Lunatic asylums Punjab 1881-1894 - 1881-1894
Year: 1881
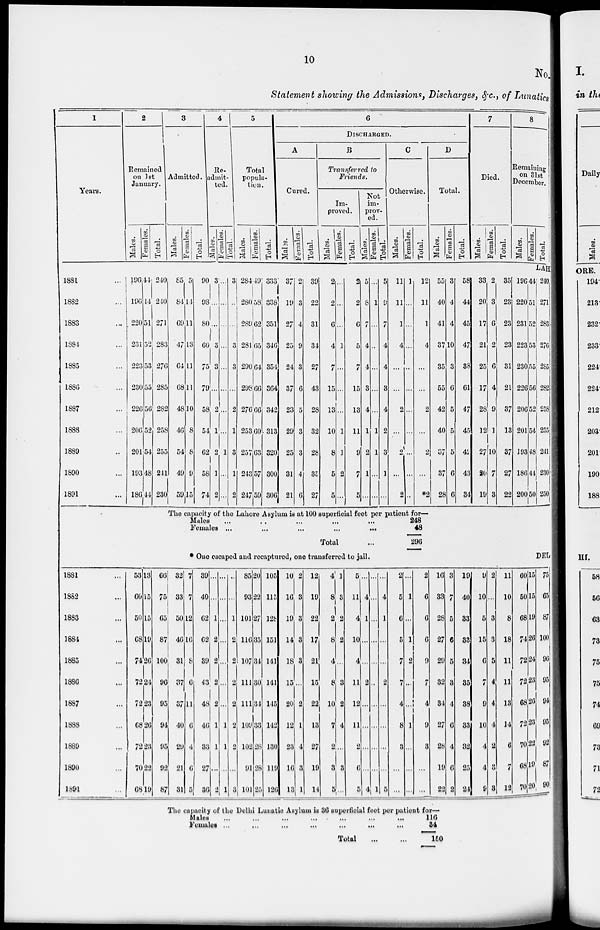
10
No.
Statement showing the Admissions, Discharges, &c., of Lunatics
1
Years.
2
Remained
on 1st
January.
Males.
Females.
Total.
3
Admitted.
Males.
Females.
Total.
4
Re-
admit¬
ted.
Males.
Females.
Total.
5
Total
popula-
tion.
Males.
Females.
Total.
6
DISCHARGED.
A
Cured.
Males.
Females.
Total.
B
Transferred to
Friends.
Im-
proved.
Males.
Females.
Total.
Not
im-
prov-
ed.
Males.
Females.
Total.
C
Otherwise.
Males.
Females.
Total.
D
Total.
Males.
Females.
Total.
7
Died.
Males.
Females.
Total.
8
Remaining
on 31st
December.
Males.
Females.
Total.
LAH
1881 ...
1882 ...
1883 ...
1884 ...
1885 ...
1886 ...
1887 ...
1888 ...
1889 ...
1890 ...
1891 ...
196
196
220
231
223
230
226
206
201
193
186
44
44
51
52
53
55
56
52
54
48
44
240
240
271
283
276
285
282
258
255
241
230
85
84
69
47
64
68
48
46
54
49
59
5
14
11
13
11
11
10
8
8
9
15
90
98
80
60
75
79
58
54
62
58
74
3
...
...
3
3
...
2
1
2
1
2
...
...
...
...
...
...
...
...
1
...
...
3
...
...
3
3
...
2
1
3
1
2
284
280
289
281
290
298
276
253
257
243
247
49
58
62
65
64
66
66
60
63
57
59
333
338
351
346
354
364
342
313
320
300
306
37
19
27
25
24
37
23
29
25
31
21
2
3
4
9
3
6
5
3
3
4
6
39
22
31
34
27
43
28
32
28
35
27
2
2
6
4
7
15
13
10
8
5
5
...
...
...
1
...
...
...
1
1
2
...
2
2
6
5
7
15
13
11
9
7
5
5
8
7
4
4
3
4
1
2
1
...
...
1
...
...
...
...
...
1
1
...
...
5
9
7
4
4
3
4
2
3
1
...
11
11
1
4
...
...
2
...
2
...
2
1
...
...
...
...
...
...
...
...
...
...
12
11
1
4
...
...
2
...
2
...
*2
55
40
41
37
35
55
42
40
37
37
28
3
4
4
10
3
6
5
5
5
6
6
58
44
45
47
38
61
47
45
42
43
34
33
20
17
21
25
17
28
12
27
20
19
2
3
6
2
6
4
9
1
10
7
3
35
23
23
23
31
21
37
13
37
27
22
196
220
231
223
230
226
206
201
193
186
200
44
51
52
53
55
56
52
54
48
44
50
240
271
283
276
285
282
258
255
241
230
250
The capacity of the Lahore Asylum is at 100 superficial feet per patient for—
Males
...
...
...
...
...
Females ...
...
...
...
...
Total ...
248
48
296
* One escaped and recaptured, one transferred to jail.
DEL
1881 ...
1882 ...
1883 ...
1884 ...
1885 ...
1886 ...
1887 ...
1888 ...
1889 ...
1890 ...
1891 ...
53
66
50
68
74
72
72
68
72
70
68
13
15
15
19
26
24
23
26
23
22
19
66
75
65
87
100
96
95
94
95
92
87
32
33
50
46
31
37
37
40
29
21
31
7
7
12
16
8
6
11
6
4
6
5
39
40
62
62
39
43
48
46
33
27
36
...
...
1
2
2
2
2
1
1
...
2
...
...
...
...
...
...
...
1
1
...
1
...
...
1
2
2
2
2
2
2
...
3
85
93
101
116
107
111
111
109
102
91
101
20
22
27
35
34
30
34
33
28
28
25
105
115
128
151
141
141
145
142
130
119
126
10
16
19
14
18
15
20
12
23
16
13
2
3
3
3
3
...
2
1
4
3
1
12
19
22
17
21
15
22
13
27
19
14
4
8
2
8
4
8
10
7
2
3
5
1
3
2
2
...
3
2
4
...
3
...
5
11
4
10
4
11
12
11
2
6
5
...
4
1
...
...
2
...
...
...
...
4
...
...
...
...
...
...
...
...
...
...
1
...
4
1
...
...
2
...
...
...
...
5
2
5
6
5
7
7
4
8
3
...
...
...
1
...
1
2
...
...
1
...
...
...
2
6
6
6
9
7
4
9
3
...
...
16
33
28
27
29
32
34
27
28
19
22
3
7
5
6
5
3
4
6
4
6
2
19
40
33
33
34
35
38
33
32
25
24
9
10
5
15
6
7
9
10
4
4
9
2
...
3
3
5
4
4
4
2
3
3
11
10
8
18
11
11
13
14
6
7
12
60
50
68
74
72
72
68
72
70
68
70
15
15
19
26
24
23
26
23
22
19
20
75
65
87
100
96
95
94
95
92
87
90
The capacity of the Delhi Lunatic Asylum is 36 superficial feet per patient for—
Males ... ... ... ... ... ... ...
Females ... ... ... ... ... ... ...
Total
...
...
116 34
150